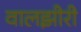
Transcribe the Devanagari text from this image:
वालझीरी